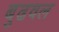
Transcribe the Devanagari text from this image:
बुढवल